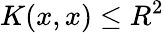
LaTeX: K(x,x)\le R^{2}